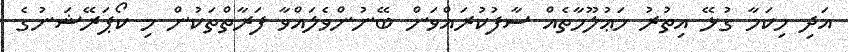
އަދި މިކަމާ ގުޅޭ އިތުރު މަޢުލޫމާތެއް ސާފުކުރައްވަން ބޭނުންވެލައްވާ ފަރާތްތަކުން މި ކޯޕަރޭޝަނުގެ